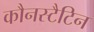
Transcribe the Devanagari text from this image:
कौनस्टैटिन